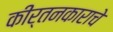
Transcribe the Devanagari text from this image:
कीर्तनकाराचे